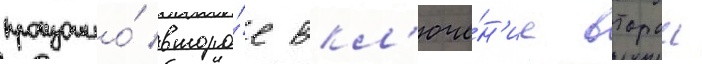
произошло́ второ́е вкл'юче́н'ие второи